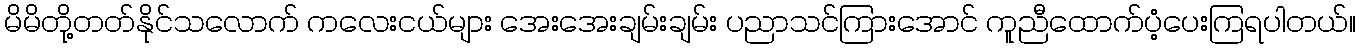
မိမိတို့တတ်နိုင်သလောက် ကလေးငယ်များ အေးအေးချမ်းချမ်း ပညာသင်ကြားအောင် ကူညီထောက်ပံ့ပေးကြရပါတယ်။